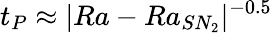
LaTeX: t_{P}\approx|Ra-Ra_{SN_{2}}|^{-0.5}